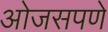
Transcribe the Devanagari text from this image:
ओजसपणे